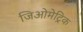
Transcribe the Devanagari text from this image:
जिओमेट्रिक